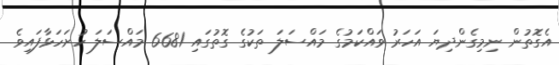
އެގޮތުން ނިމިގެންދިޔަ އަހަރު ވައްކަމުގެ މައްސަލަ ތަކުގެ ގޮތުގައި 6681 މައްސަލަ ހުށަހަޅާފައިވެ